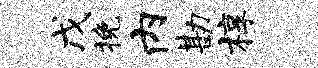
戊挽内勘椁